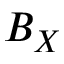
B _ { X }